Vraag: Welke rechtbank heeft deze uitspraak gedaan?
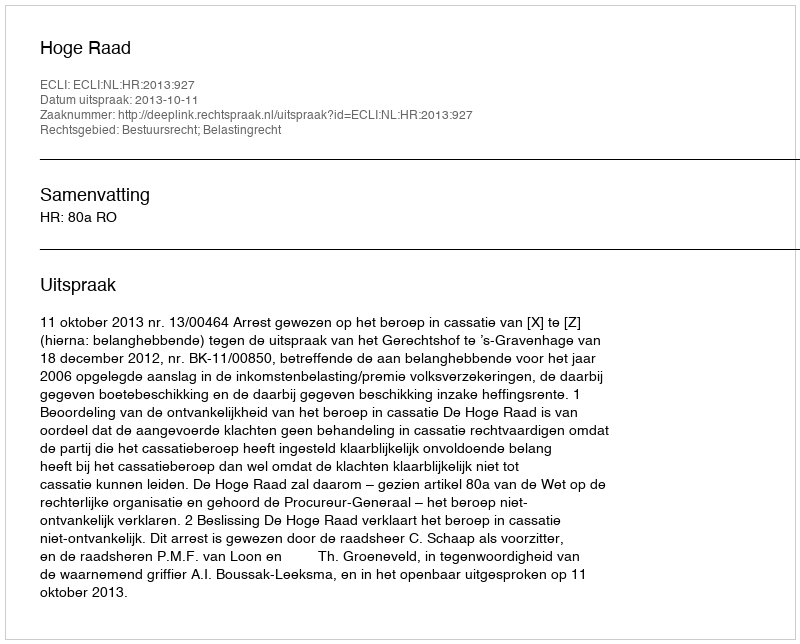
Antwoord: Hoge Raad